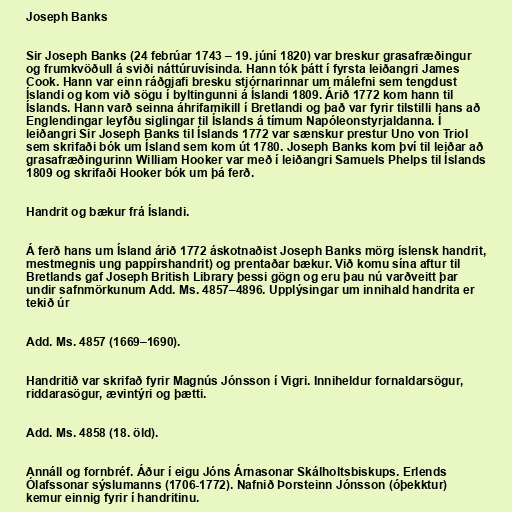
Joseph Banks

Sir Joseph Banks (24 febrúar 1743 – 19. júní 1820) var breskur grasafræðingur
og frumkvöðull á sviði náttúruvísinda. Hann tók þátt í fyrsta leiðangri James
Cook. Hann var einn ráðgjafi bresku stjórnarinnar um málefni sem tengdust
Íslandi og kom við sögu í byltingunni á Íslandi 1809. Árið 1772 kom hann til
Íslands. Hann varð seinna áhrifamikill í Bretlandi og það var fyrir tilstilli hans að
Englendingar leyfðu siglingar til Íslands á tímum Napóleonstyrjaldanna. Í
leiðangri Sir Joseph Banks til Íslands 1772 var sænskur prestur Uno von Triol
sem skrifaði bók um Ísland sem kom út 1780. Joseph Banks kom því til leiðar að
grasafræðingurinn William Hooker var með í leiðangri Samuels Phelps til Íslands
1809 og skrifaði Hooker bók um þá ferð.

Handrit og bækur frá Íslandi.

Á ferð hans um Ísland árið 1772 áskotnaðist Joseph Banks mörg íslensk handrit,
mestmegnis ung pappírshandrit) og prentaðar bækur. Við komu sína aftur til
Bretlands gaf Joseph British Library þessi gögn og eru þau nú varðveitt þar
undir safnmörkunum Add. Ms. 4857–4896. Upplýsingar um innihald handrita er
tekið úr

Add. Ms. 4857 (1669–1690).

Handritið var skrifað fyrir Magnús Jónsson í Vigri. Inniheldur fornaldarsögur,
riddarasögur, ævintýri og þætti.

Add. Ms. 4858 (18. öld).

Annáll og fornbréf. Áður í eigu Jóns Árnasonar Skálholtsbiskups. Erlends
Ólafssonar sýslumanns (1706-1772). Nafnið Þorsteinn Jónsson (óþekktur)
kemur einnig fyrir í handritinu.